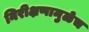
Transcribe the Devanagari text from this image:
निरीक्षणामुळेच